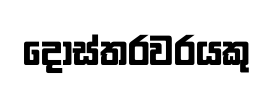
දොස්තරවරයකු